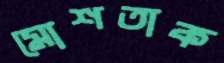
মোশতাক